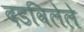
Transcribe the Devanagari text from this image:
दडविलेले